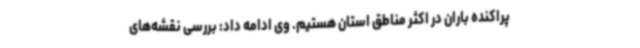
پراکنده باران در اکثر مناطق استان هستیم. وی ادامه داد: بررسی نقشه‌های